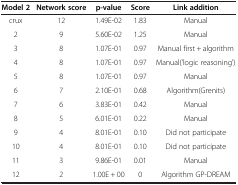
<table><thead><tr><td><b>Model 2</b></td><td><b>Network score</b></td><td><b>p-value</b></td><td><b>Score</b></td><td><b>Link addition</b></td></tr></thead><tbody><tr><td>crux</td><td>12</td><td>1.49E-02</td><td>1.83</td><td>Manual</td></tr><tr><td>2</td><td>9</td><td>5.60E-02</td><td>1.25</td><td>Manual</td></tr><tr><td>3</td><td>8</td><td>1.07E-01</td><td>0.97</td><td>Manual first + algorithm</td></tr><tr><td>4</td><td>8</td><td>1.07E-01</td><td>0.97</td><td>Manual(&#x27;logic reasoning&#x27;)</td></tr><tr><td>5</td><td>8</td><td>1.07E-01</td><td>0.97</td><td>Manual</td></tr><tr><td>6</td><td>7</td><td>2.10E-01</td><td>0.68</td><td>Algorithm(Grenits)</td></tr><tr><td>7</td><td>6</td><td>3.83E-01</td><td>0.42</td><td>Manual</td></tr><tr><td>8</td><td>5</td><td>6.01E-01</td><td>0.22</td><td>Manual</td></tr><tr><td>9</td><td>4</td><td>8.01E-01</td><td>0.10</td><td>Did not participate</td></tr><tr><td>10</td><td>4</td><td>8.01E-01</td><td>0.10</td><td>Did not participate</td></tr><tr><td>11</td><td>3</td><td>9.86E-01</td><td>0.01</td><td>Manual</td></tr><tr><td>12</td><td>2</td><td>1.00E + 00</td><td>0</td><td>Algorithm GP-DREAM</td></tr></tbody></table>